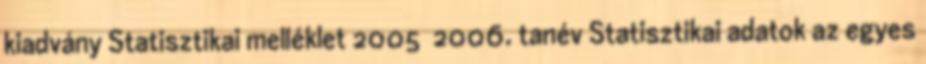
kiadvány Statisztikai melléklet 2005 2006. tanév Statisztikai adatok az egyes